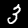
Label: 3